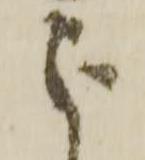
被